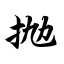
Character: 抛